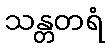
သန္တတရံ